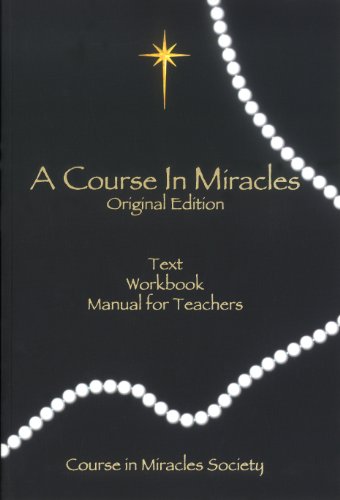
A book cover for A Course in Miracles-Original Edition; Schucman; Religion & Spirituality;